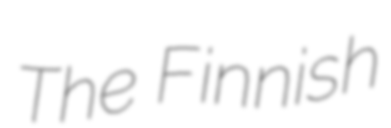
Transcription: The Finnish